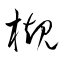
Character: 槻